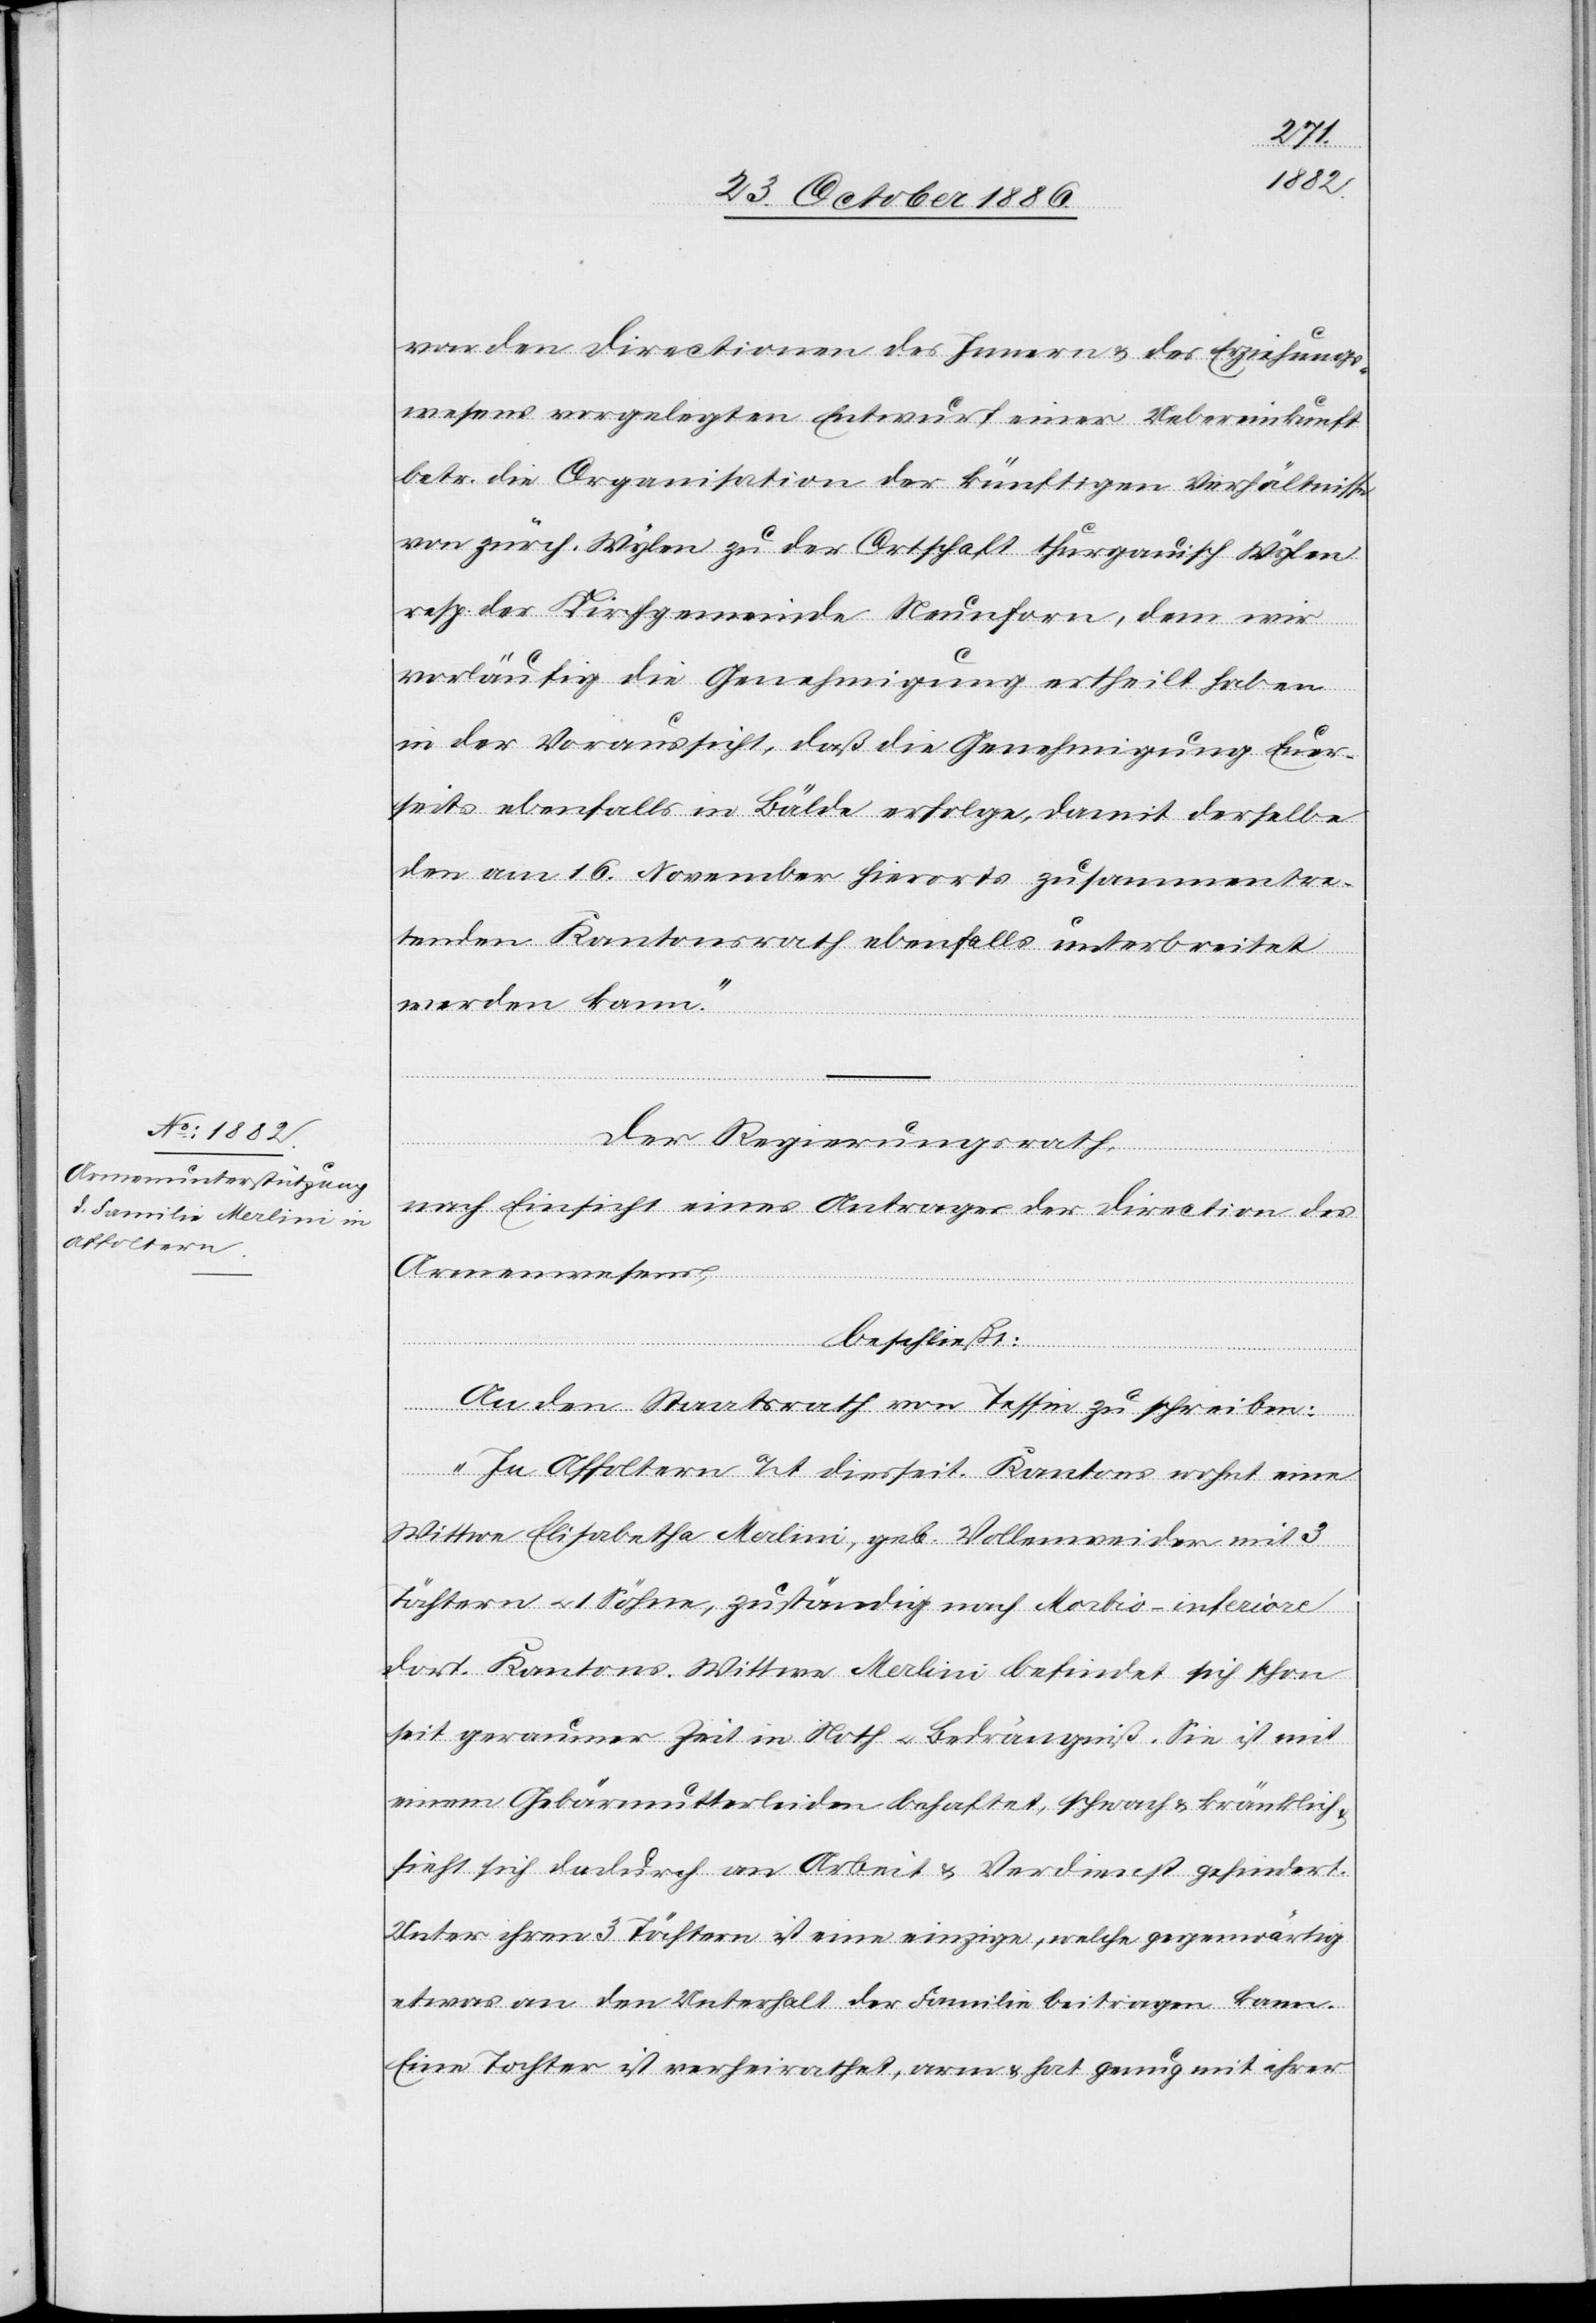
von den Directionen des Innern & des Erziehungs¬
wesens vorgelegten Entwurf einer Uebereinkunft
betr. die Organisation der künftigen Verhältnisse
von zürch. Wylen zu der Ortschaft thurgauisch Wylen
resp. der Kirchgemeinde Neunforn, dem wir
vorläufig die Genehmigung ertheilt haben
in der Voraussicht, daß die Genehmigung Euer¬
seits ebenfalls in Bälde erfolge, damit derselbe
dem] am 16. November hierorts zusammentre¬
tenden Kantonsrath ebenfalls unterbreitet
werden kann.“
Der Regierungsrath,
nach Einsicht eines Antrages der Direction des
Armenwesens,
beschließt:
An den Staatsrath von Tessin zu schreiben:
„In Affoltern a/A. diesseit. Kantons wohnt eine
Wittwe Elisabetha Merlini, geb. Vollenweider mit 3
Töchtern & 1 Söhne, zuständig nach Morbio-inferiore
dort. Kantons. Wittwe Merlini befindet sich schon
seit geraumer Zeit in Noth & Bedrängniß. Sie ist mit
einem Gebärmutterleiden behaftet, schwach & kränklich
sieht sich dadurch an Arbeit & Verdienst gehindert.
Unter ihren 3 Töchtern ist eine einzige, welche gegenwärtig
etwas an den Unterhalt der Familie beitragen kann.
Eine Tochter ist verheirathet, arm & hat genug mit ihrer